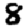
Digit: 8